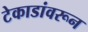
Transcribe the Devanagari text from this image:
टेकाडांवरून